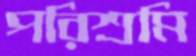
পরিশ্রমি